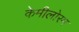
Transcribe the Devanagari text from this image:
केमीलोरम